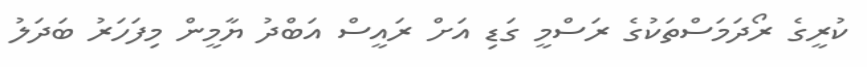
ކުރީގެ ރޯދަމަސްތަކުގެ ރަސްމީ ގަޑި އަށް ރައީސް އަބްދު ޔާމީން މިފަހަރު ބަދަލު